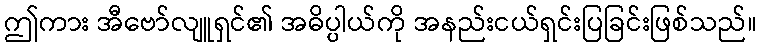
ဤကား အီဗော်လျူရှင်၏ အဓိပ္ပါယ်ကို အနည်းငယ်ရှင်းပြခြင်းဖြစ်သည်။